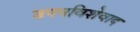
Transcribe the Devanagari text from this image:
उपनविशेवाद